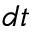
d t